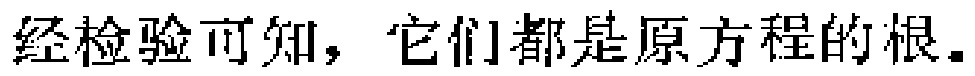
经检验可知，它们都是原方程的根。